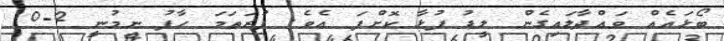
ބޯޅައެއް ވައްދާލައިގެން ލީޑު ފުޅާ ކޮށްފަ އެވެ. ފުރަތަމަ ހާފު ނިމުނީ 2-0